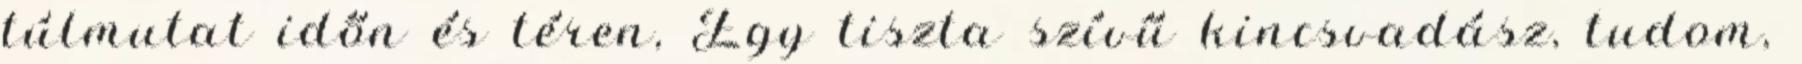
túlmutat időn és téren, Egy tiszta szívű kincsvadász, tudom,